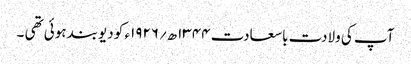
آپ کی ولادت باسعادت ۱۳۴۴ھ؍۱۹۲۶ء کو دیوبند ہوئی تھی ۔